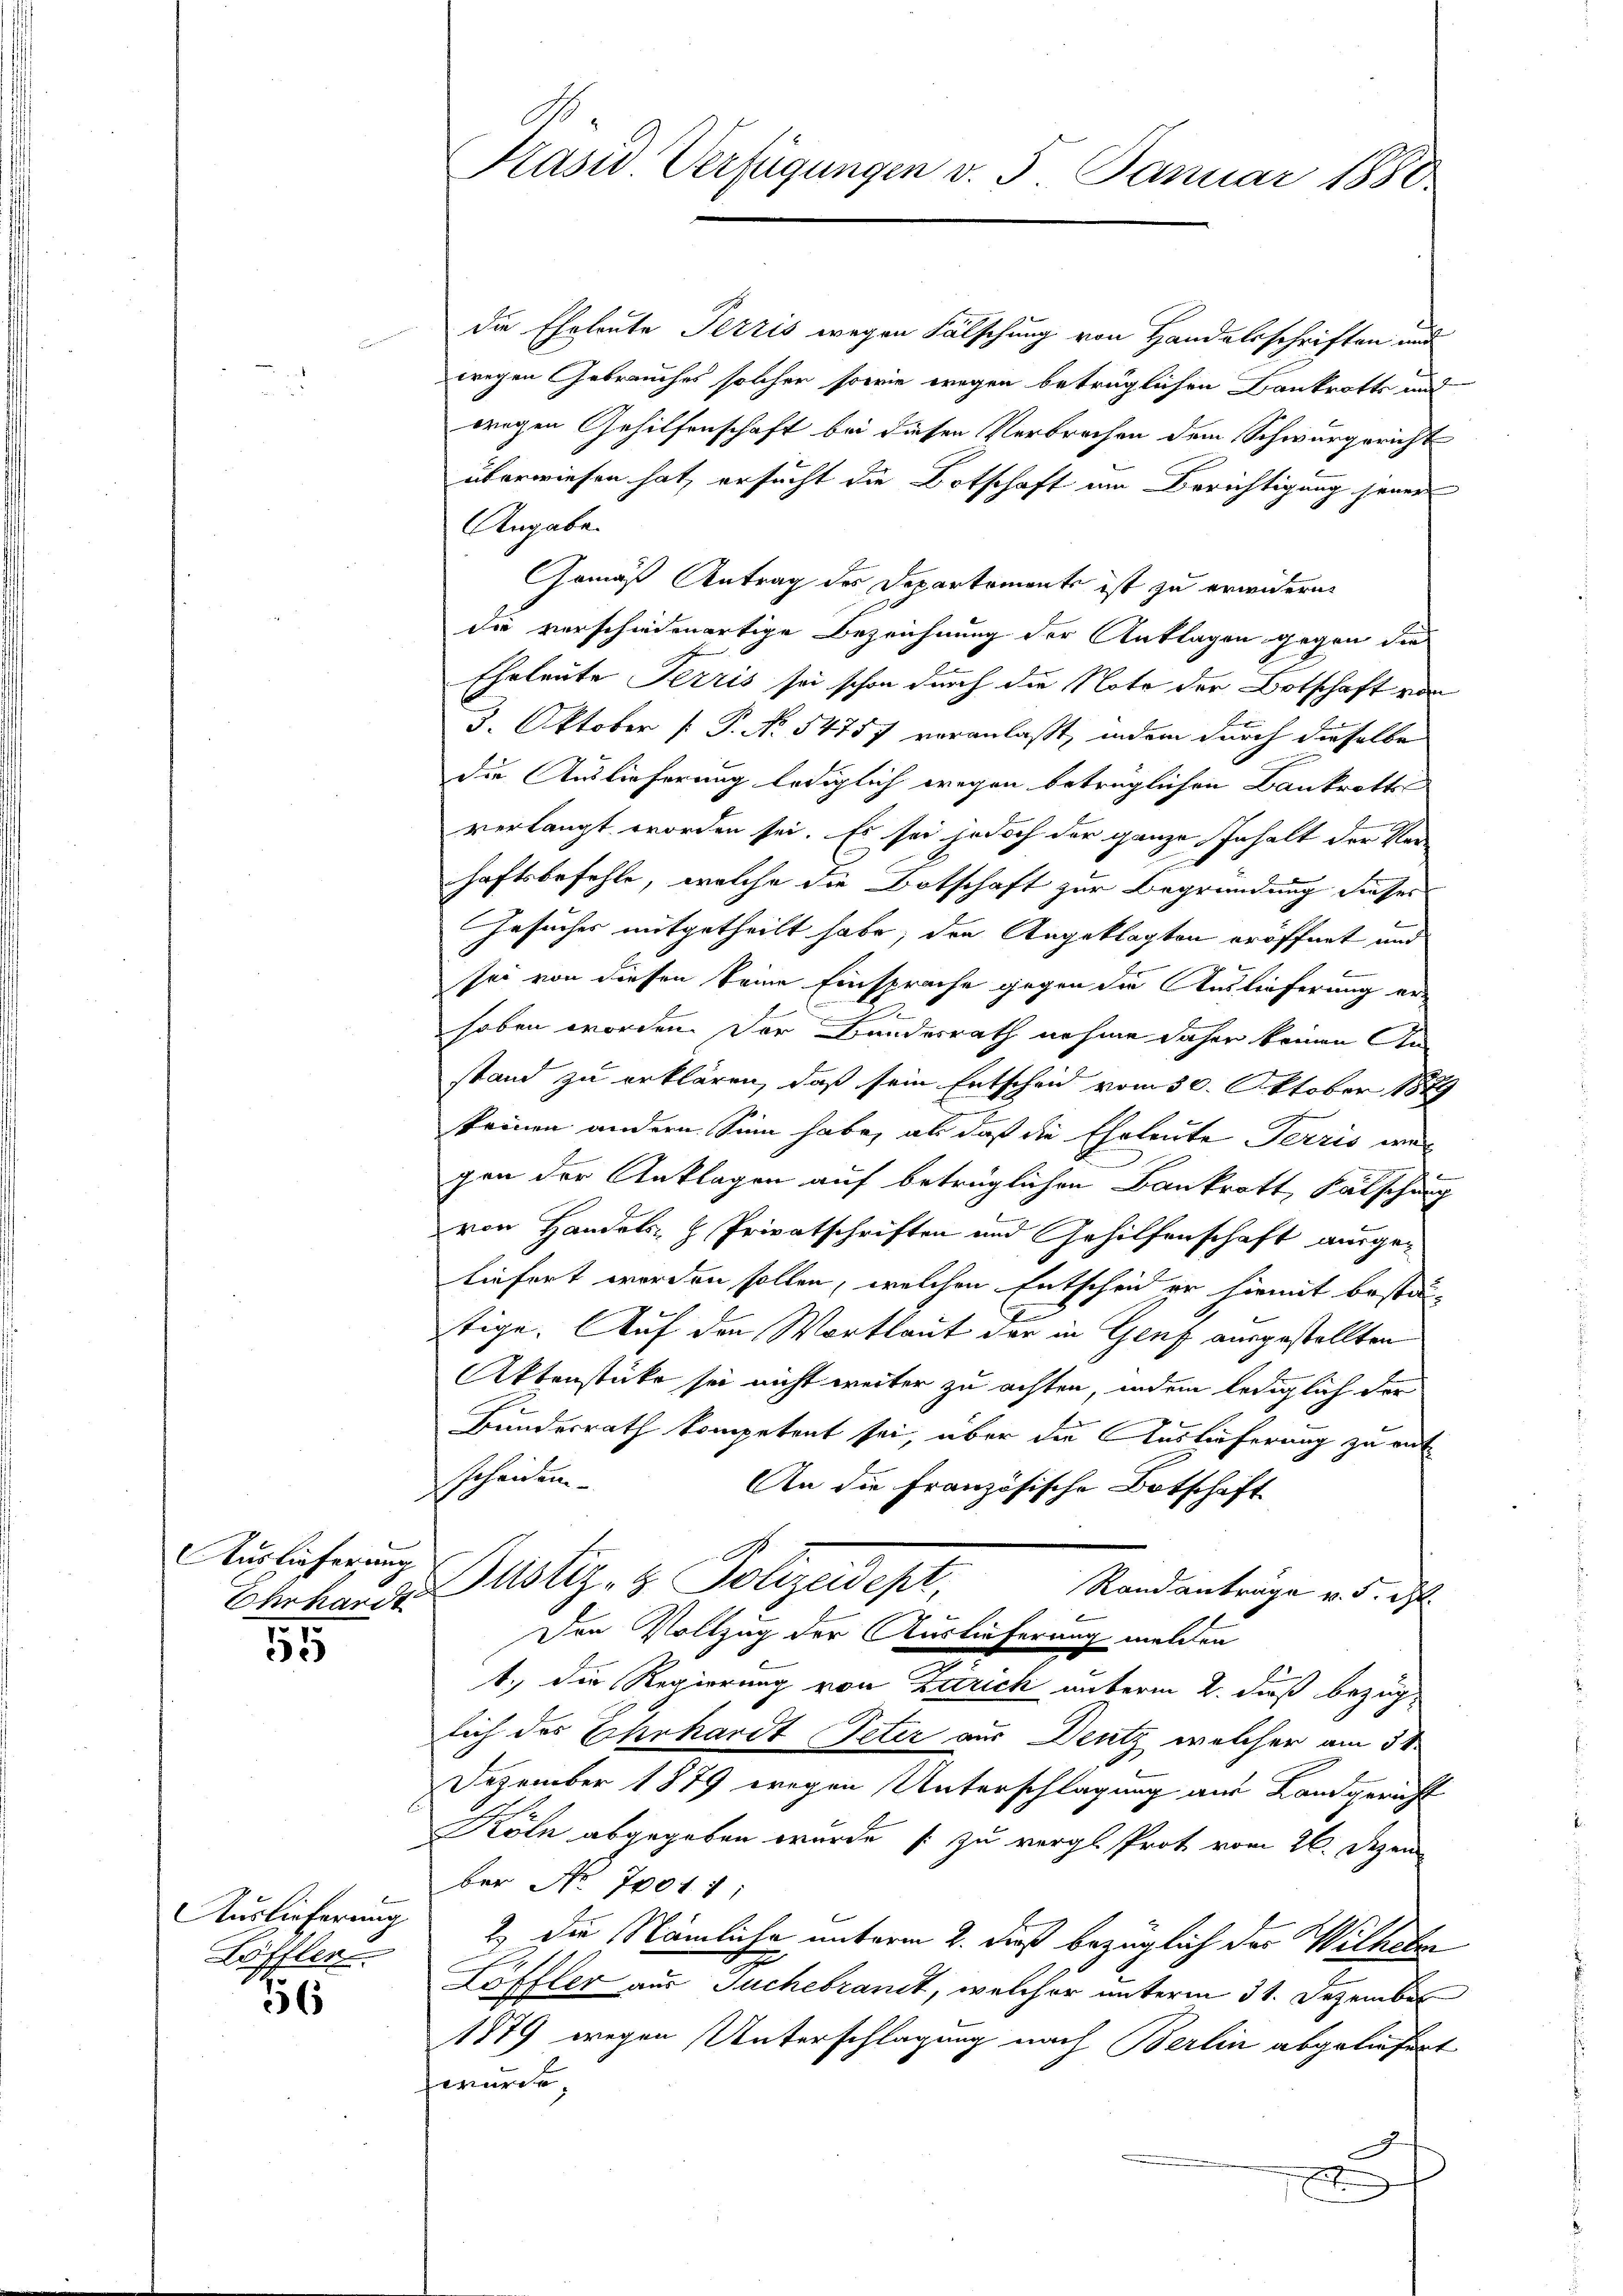
Ehrhardt

155

Auslieferung
Löffler.

5

Präsid Verfügungen v. 5. Januar 1880

die Eheleute Pezzis wegen Fälschung von Handelsschriften und
wegen Gebrauches solcher sowie wegen betrüglichen Bankrotts und
wregen Gehilfenschaft bei diesen Verbrechen dem Schwurgericht
überwiesen hat, ersucht die Botschaft am Berichtigung jener
Angabe.
Gemäß Antrag des Departements ist zu erwidern
die verschiedenartige Bezeichnung der Anklagen gegen die
Eheleute Terris sei schon durch die Note der Botschaft von
3. Oktober [P. No. 5475 7 veranlaßt, indem durch dieselbe
die Auslieferung lediglich wegen betrüglichen Bankrotts
verlangt worden sei. Es sei jedoch der ganze Inhalt der Ver
haftsbefehle, welche die Botschaft zur Begründung dieses
Gesuches mitgetheilt habe, den Angeklagten eröffnet und
sei von diesen keine Einsprache gegen die Auslieferung er¬
A
hoben worden. Der Bundesrath nehme daher keinen An-
stand zu erklären, daß sein Entscheid vom 30. Oktober 1889
keinen andern Sinn habe, als daß die Eheleute Terris wel
gen der Anklagen auf betrüglichen Bankrott, Fälschung
von Handels- & Privatschriften und Gehilfenschaft ausgeliefert worden sollen, welchen Entscheid er hiemit besta-
stige. Auf den Wortlaut der in Genf ausgestellten
Aktenstücke sei nicht weiter zu achten, indem lediglich der
Bundesrath kompetent sei, über die Auslieferung zu ent
scheiden
An die Französische Botschaft
Auslieferung Pustiz- & Polizeidept,
Randanträge v. 5. d.
Den Vollzug der Auslieferung melden
1.) Die Regierung von Zürich unterm 2. dieß bezüglich der Ehrhardt Petir aus Deutz welcher am 5t.
Dezember 1879 wegen Unterschlagung aus Landgericht
Köln abgegeben wurde s zu vergl. Prot vom 26. Dezem
ber No. 70011;
2) Die Nämliche unterm 2. dieß bezüglich der Wilhelm
Loffler aus Suchebranit, welcher unterm 31. Dezember
1879 wegen Unterschlagung nach Berlin abgeliefert
 wurde
u